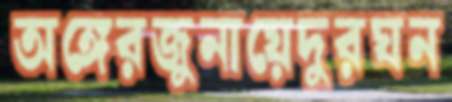
অঙ্গেরজুনায়েদুরঘন